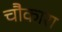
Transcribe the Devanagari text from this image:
चौकारा